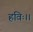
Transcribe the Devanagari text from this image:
हविः।।